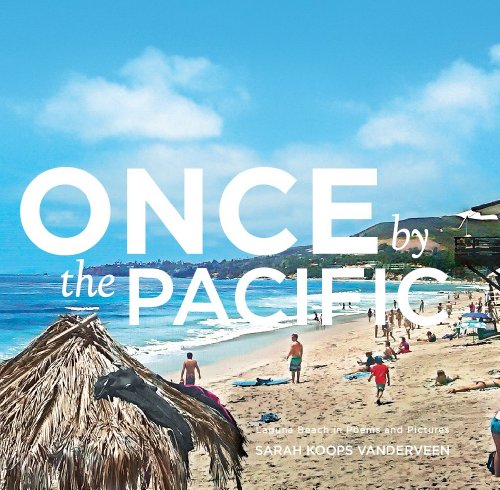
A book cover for Once By The Pacific: Laguna Beach in Poems and Pictures; Sarah Koops Vanderveen; Travel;